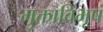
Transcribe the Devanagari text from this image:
मुक्ताविभूषं